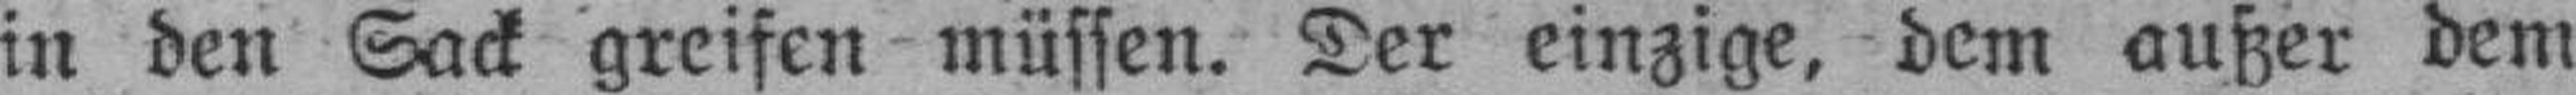
in den Sack greifen müssen. Der einzige, dem außer dem